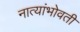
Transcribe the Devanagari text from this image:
नात्यांभोवती